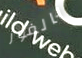
بالفوز